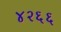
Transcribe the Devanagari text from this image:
४२६६